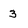
Character: 3